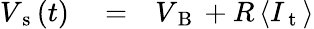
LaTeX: \begin{array}{rlr}{V_{\mathrm{~s~}}(t)}&{{}=}&{V_{\mathrm{~B~}}+R\, \langle I_{\mathrm{~t~}}\rangle}\end{array}